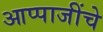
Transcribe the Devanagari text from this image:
आप्पाजींचे